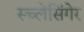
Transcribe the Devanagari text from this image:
स्च्लेसिंगेर